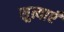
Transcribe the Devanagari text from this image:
सुत्याएँ